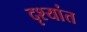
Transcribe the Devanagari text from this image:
दृश्यांत